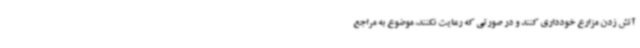
آتش زدن مزارع خودداری کنند و در صورتی که رعایت نکنند، موضوع به مراجع